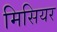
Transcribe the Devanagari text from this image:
मिसियर